画像に写った文字を読んでください
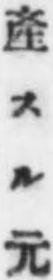
「產スル元」と書いてあります